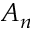
A _ { n }